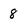
Character: 8